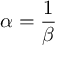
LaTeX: \alpha = { \frac { 1 } { \beta } }